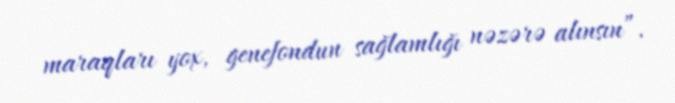
maraqları yox, genefondun sağlamlığı nəzərə alınsın”.